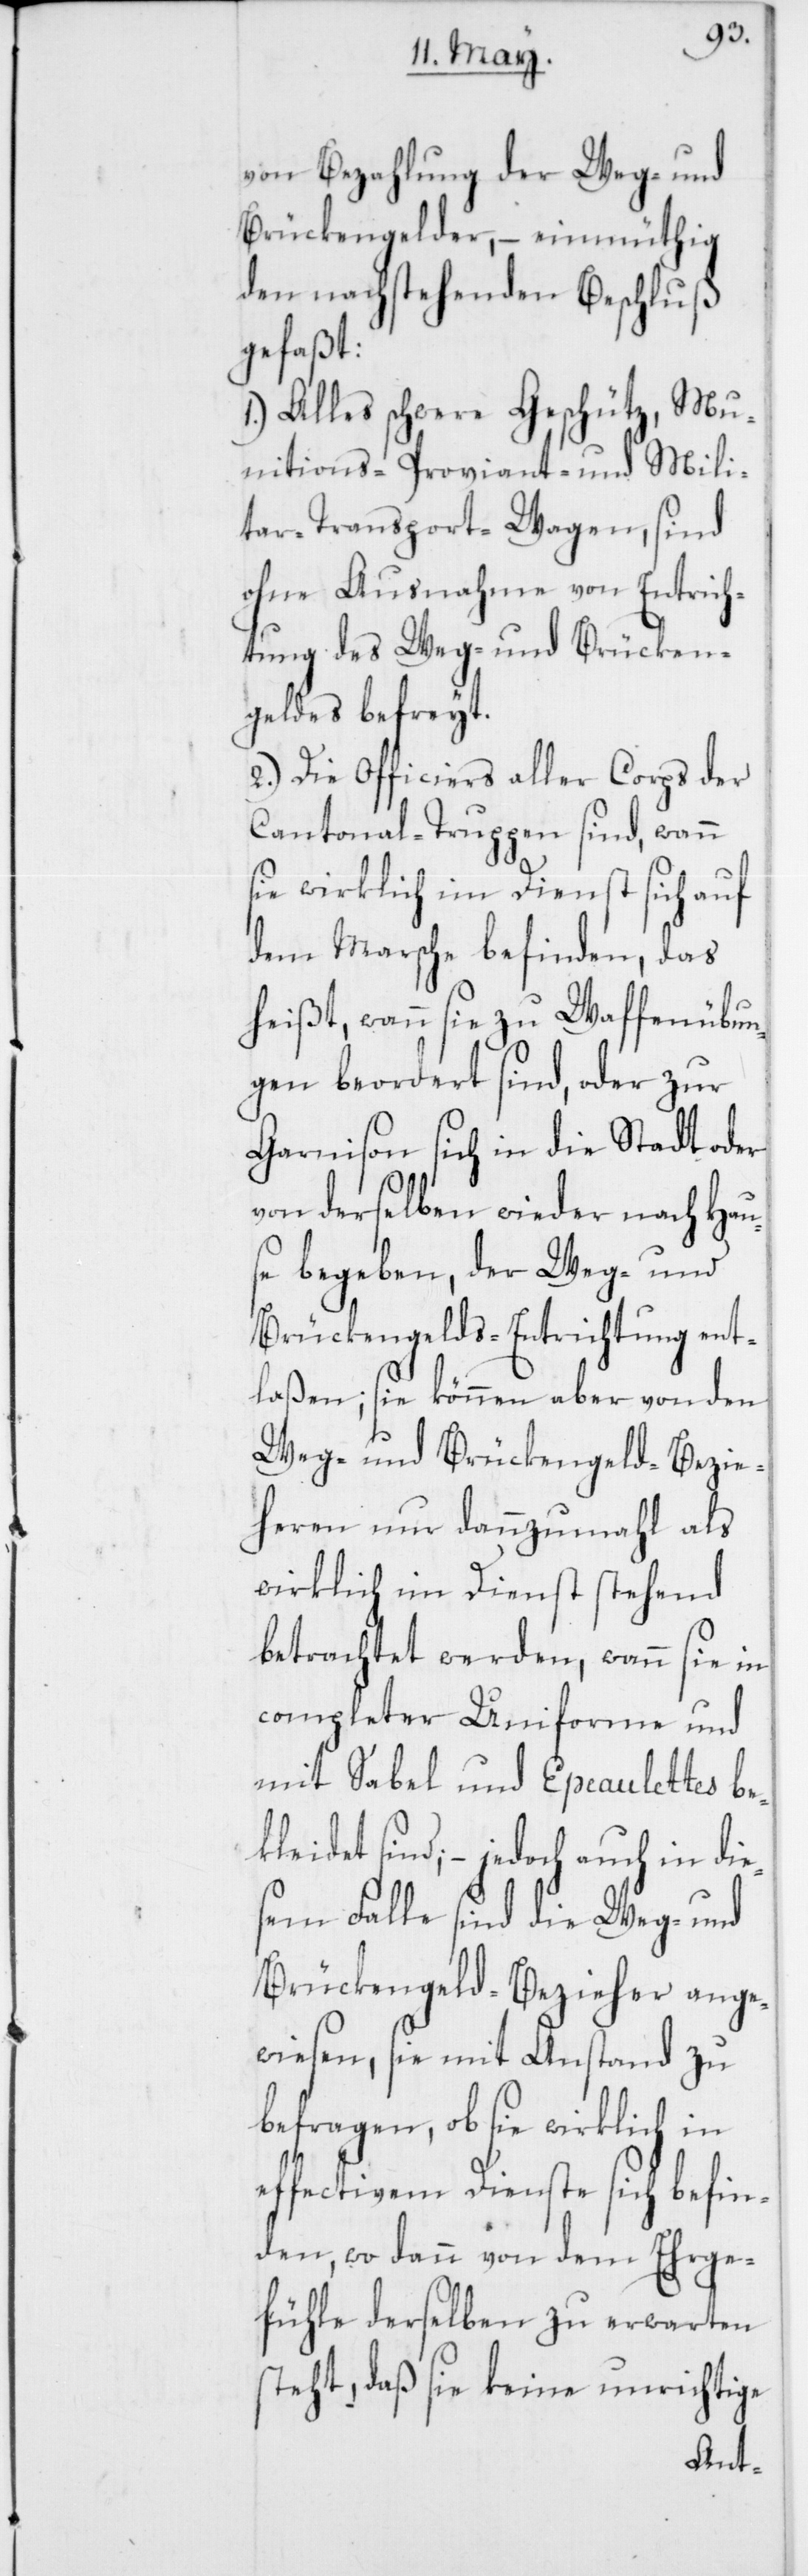
von Bezahlung der Weg- und
Brückengelder, – einmüthig
den nachstehenden Beschluß
gefaßt:
1.) Alles schwere Geschütz, Mu¬
nitions- Proviant- und Mili¬
tar- Transport-Wagen, sind
ohne Ausnahme von Entrich¬
tung des Weg- und Brücken¬
geldes befreyt.
2.) Die Officiers aller Corps der
Cantonal-Truppen sind, wann
sie wirklich im Dienst sich auf
dem Marsche befinden, das
heißt, wann sie zu Waffenübun¬
gen beordert sind, oder zur
Garnison sich in die Stadt oder
von derselben wieder nach Hau¬
se begeben, der Weg- und
Brückengelds-Entrichtung ent¬
laßen; sie können aber von den
Weg- und Brückengeld-Bezie¬
heren nur dannzumahl als
wirklich im Dienst stehend
betrachtet werden, wann sie in
completer Uniforme und
mit Sabel und Epeaulettes be¬
kleidet sind; – jedoch auch in die¬
dem Falle sind die Weg- und
Brückengeld-Bezieher ange¬
wiesen, sie mit Anstand zu
befragen, ob sie wirklich in
effectivem Dienste sich befin¬
den, wo dann von dem Ehrge¬
fühle derselben zu erwarten
steht, daß sie keine unrichtige